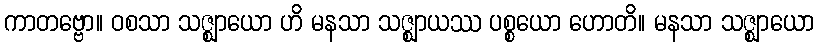
ကာတဗ္ဗော။ ဝစသာ သဇ္ဈာယော ဟိ မနသာ သဇ္ဈာယဿ ပစ္စယော ဟောတိ။ မနသာ သဇ္ဈာယော